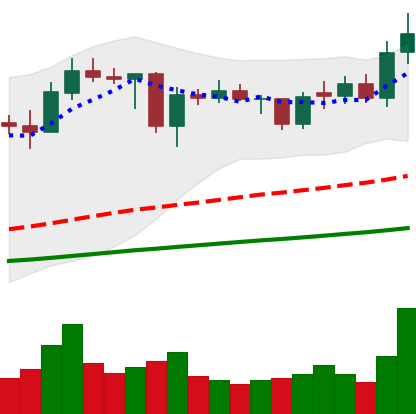
Ticker: ADA-USD
Chart end date: 2021-02-02
Forward return: 55.599%
Label: up_7plus